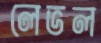
লেভল